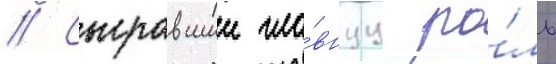
// Сыгравшии гла́внуу ро́ль